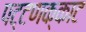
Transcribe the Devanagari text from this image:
पट्टणक्काट